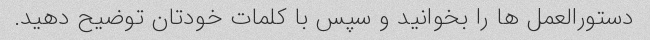
دستورالعمل ها را بخوانید و سپس با کلمات خودتان توضیح دهید.